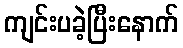
ကျင်းပခဲ့ပြီးနောက်